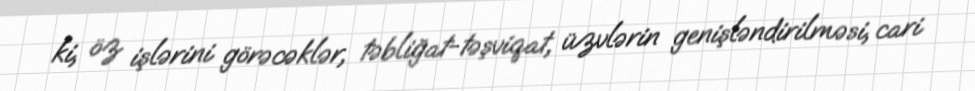
ki, öz işlərini görəcəklər, təbliğat-təşviqat, üzvlərin genişləndirilməsi, cari